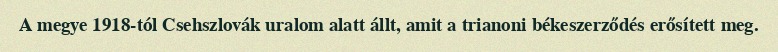
A megye 1918-tól Csehszlovák uralom alatt állt, amit a trianoni békeszerződés erősített meg.